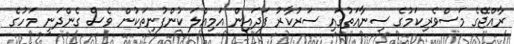
ރާއްޖޭގެ މަސްވެރިކަމުގެ ސިނާއަތުގައި ސަރުކާރު ފަދައިން އަމިއްލަ ކުންފުނިތަކުން ވެސް ގެންދަނީ މަހުގެ